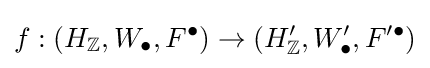
f:(H_{\mathbb {Z} },W_{\bullet },F^{\bullet })\to (H_{\mathbb {Z} }',W_{\bullet }',F'^{\bullet })